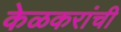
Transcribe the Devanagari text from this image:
केळकरांची